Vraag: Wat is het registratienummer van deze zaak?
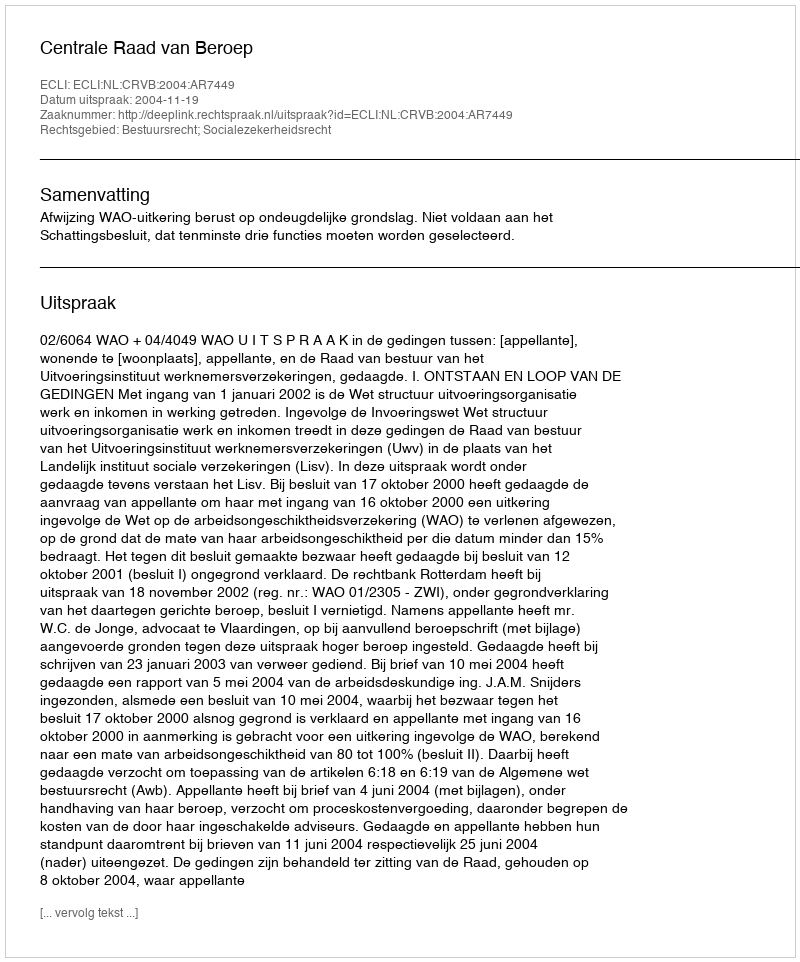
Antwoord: http://deeplink.rechtspraak.nl/uitspraak?id=ECLI:NL:CRVB:2004:AR7449